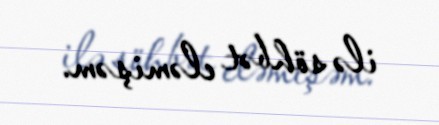
ilə söhbət eləmişəm.